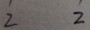
2 2